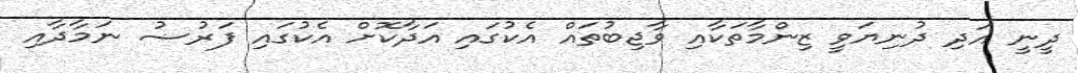
ދީނީ އަދި ދުނިޔަވީ ޒިންމާތަކާއި ވާޖިބުތައް އެކުގައި އަދާކޮށް އެކުގައި ފަރުޟު ނަމާދާއި